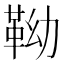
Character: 靿